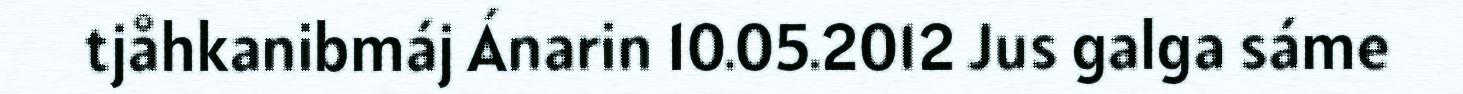
tjåhkanibmáj Ánarin 10.05.2012 Jus galga sáme